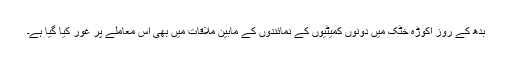
بدھ کے روز اکوڑہ خٹک میں دونوں کمیٹیوں کے نمائندوں کے مابین ملاقات میں بھی اس معاملے پر غور کیا گیا ہے۔